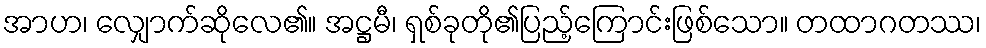
အာဟ၊ လျှောက်ဆိုလေ၏။ အဋ္ဌမီ၊ ရှစ်ခုတို၏ပြည့်ကြောင်းဖြစ်သော။ တထာဂတဿ၊